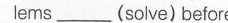
lems___(solve) before